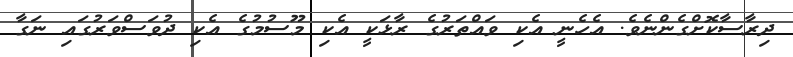
ދިރާސާކޮށްގެންނެވެ. އެހެނީ އެކި ވައްތަރުގެ ރާޅަކީ އެކި މޫސުމުގެ އެކި ދުވަސްވަރުގައި ނަގާ